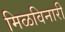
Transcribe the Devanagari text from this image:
मिळविनारी